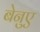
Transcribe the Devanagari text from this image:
बेनुए